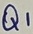
Text: Q1